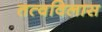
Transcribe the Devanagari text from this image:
तत्वविलास